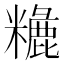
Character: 𥼗